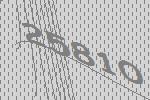
25810